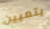
بتعيين